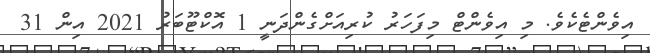
އިވެންޓެކެވެ. މި އިވެންޓް މިފަހަރު ކުރިއަށްގެންދަނީ 1 އޮކްޓޫބަރު 2021 އިން 31